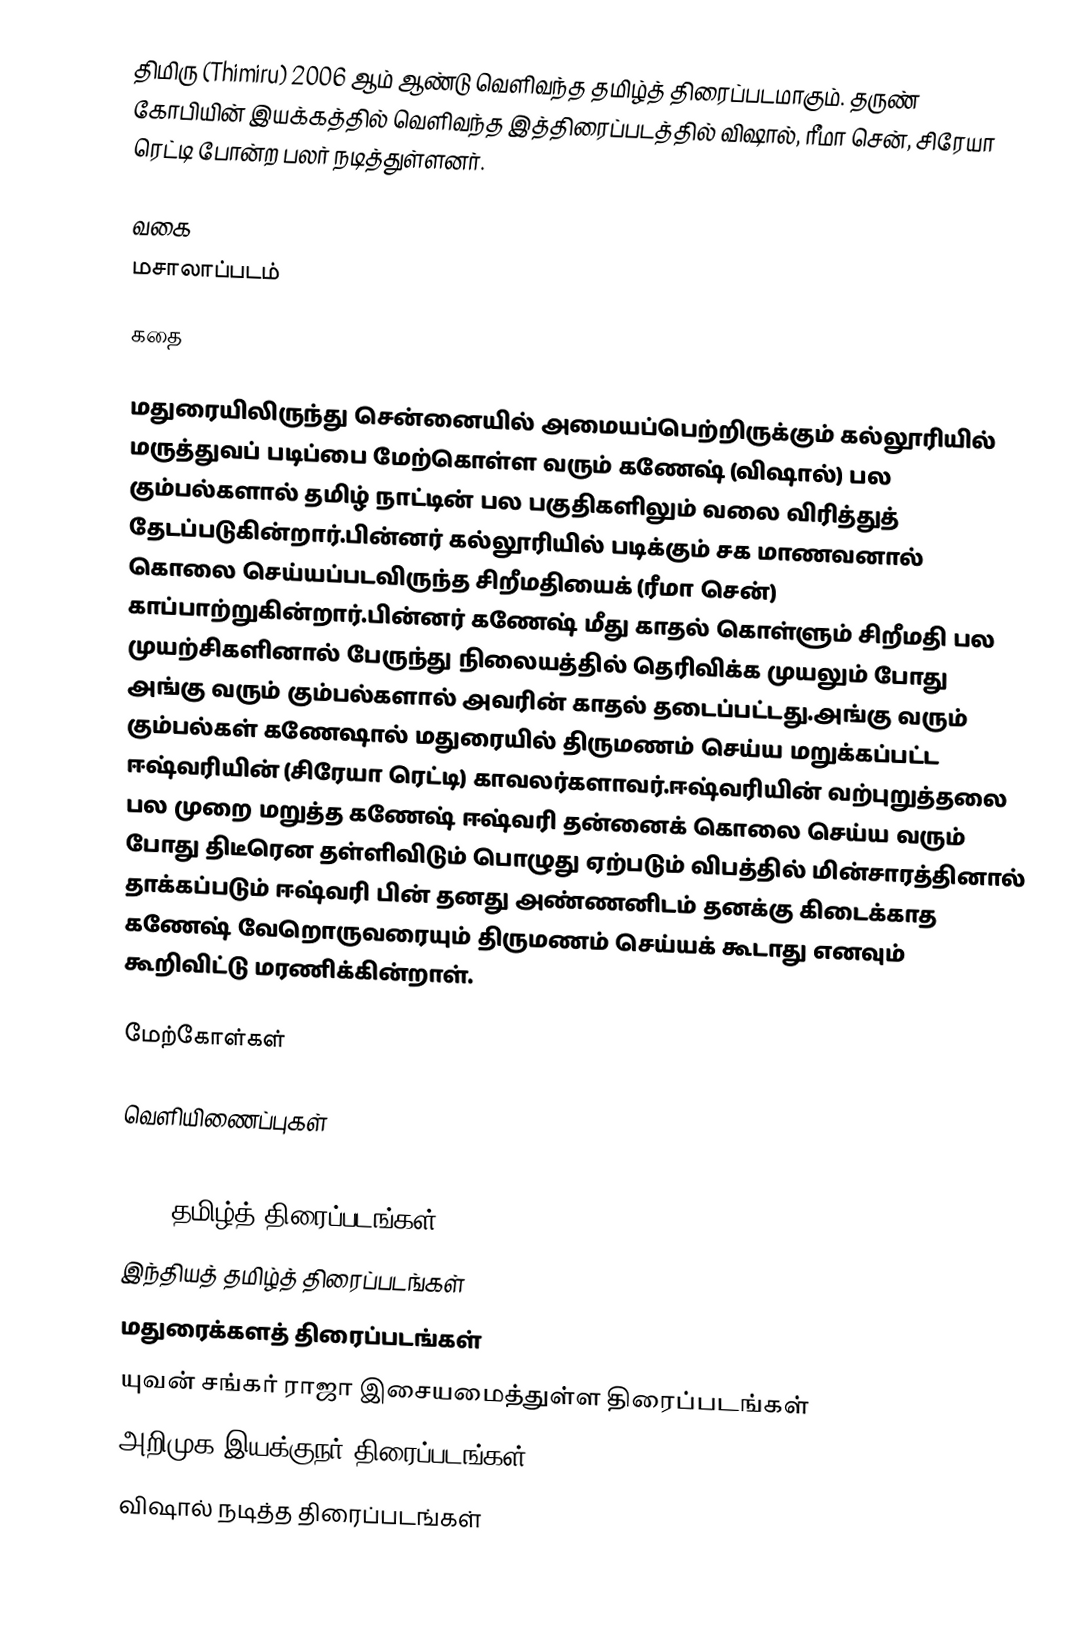
திமிரு (Thimiru) 2006 ஆம் ஆண்டு வெளிவந்த தமிழ்த் திரைப்படமாகும். தருண் கோபியின் இயக்கத்தில் வெளிவந்த இத்திரைப்படத்தில் விஷால், ரீமா சென், சிரேயா ரெட்டி போன்ற பலர் நடித்துள்ளனர்.

வகை
மசாலாப்படம்

கதை

மதுரையிலிருந்து சென்னையில் அமையப்பெற்றிருக்கும் கல்லூரியில் மருத்துவப் படிப்பை மேற்கொள்ள வரும் கணேஷ் (விஷால்) பல கும்பல்களால் தமிழ் நாட்டின் பல பகுதிகளிலும் வலை விரித்துத் தேடப்படுகின்றார்.பின்னர் கல்லூரியில் படிக்கும் சக மாணவனால் கொலை செய்யப்படவிருந்த சிறீமதியைக் (ரீமா சென்) காப்பாற்றுகின்றார்.பின்னர் கணேஷ் மீது காதல் கொள்ளும் சிறீமதி பல முயற்சிகளினால் பேருந்து நிலையத்தில் தெரிவிக்க முயலும் போது அங்கு வரும் கும்பல்களால் அவரின் காதல் தடைப்பட்டது.அங்கு வரும் கும்பல்கள் கணேஷால் மதுரையில் திருமணம் செய்ய மறுக்கப்பட்ட ஈஷ்வரியின் (சிரேயா ரெட்டி) காவலர்களாவர்.ஈஷ்வரியின் வற்புறுத்தலை பல முறை மறுத்த கணேஷ் ஈஷ்வரி தன்னைக் கொலை செய்ய வரும் போது திடீரென தள்ளிவிடும் பொழுது ஏற்படும் விபத்தில் மின்சாரத்தினால் தாக்கப்படும் ஈஷ்வரி பின் தனது அண்ணனிடம் தனக்கு கிடைக்காத கணேஷ் வேறொருவரையும் திருமணம் செய்யக் கூடாது எனவும் கூறிவிட்டு மரணிக்கின்றாள்.

மேற்கோள்கள்

வெளியிணைப்புகள்

2006 தமிழ்த் திரைப்படங்கள்
இந்தியத் தமிழ்த் திரைப்படங்கள்
மதுரைக்களத் திரைப்படங்கள்
யுவன் சங்கர் ராஜா இசையமைத்துள்ள திரைப்படங்கள்
அறிமுக இயக்குநர் திரைப்படங்கள்
விஷால் நடித்த திரைப்படங்கள்